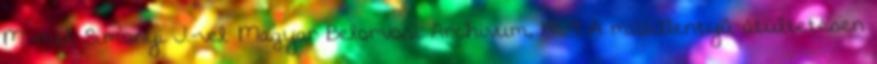
M.-mel, Simonyi J.-vel. Magyar Belorvosi Archivum, 1969 A műbillentyű-átültetésen